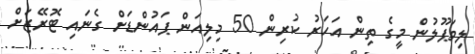
ލިވަޕޫލުން މީގެ ތިން އަހަރު ކުރިން 50 މިލިއަން ޕައުންޑަށް ގެނައި ޓޮރޭޒަށް